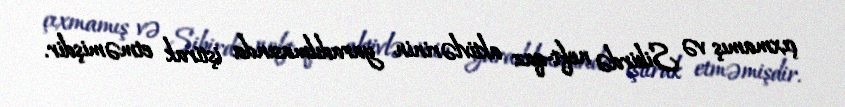
çıxmamış və Sibirdə neft-qaz aktivlərinin yaradılmasında iştirak etməmişdir.